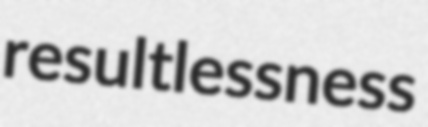
resultlessness